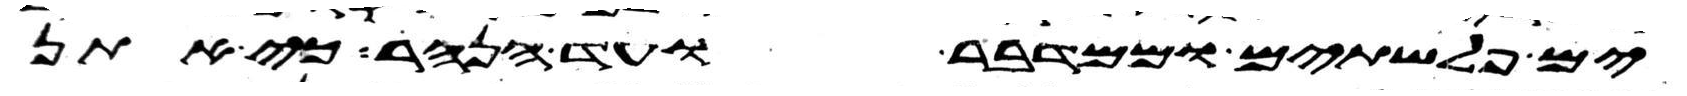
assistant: ים פלשתים וממדבר עד הנהר כי אתן